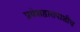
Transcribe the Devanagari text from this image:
प्रवेशद्वारापाशीच